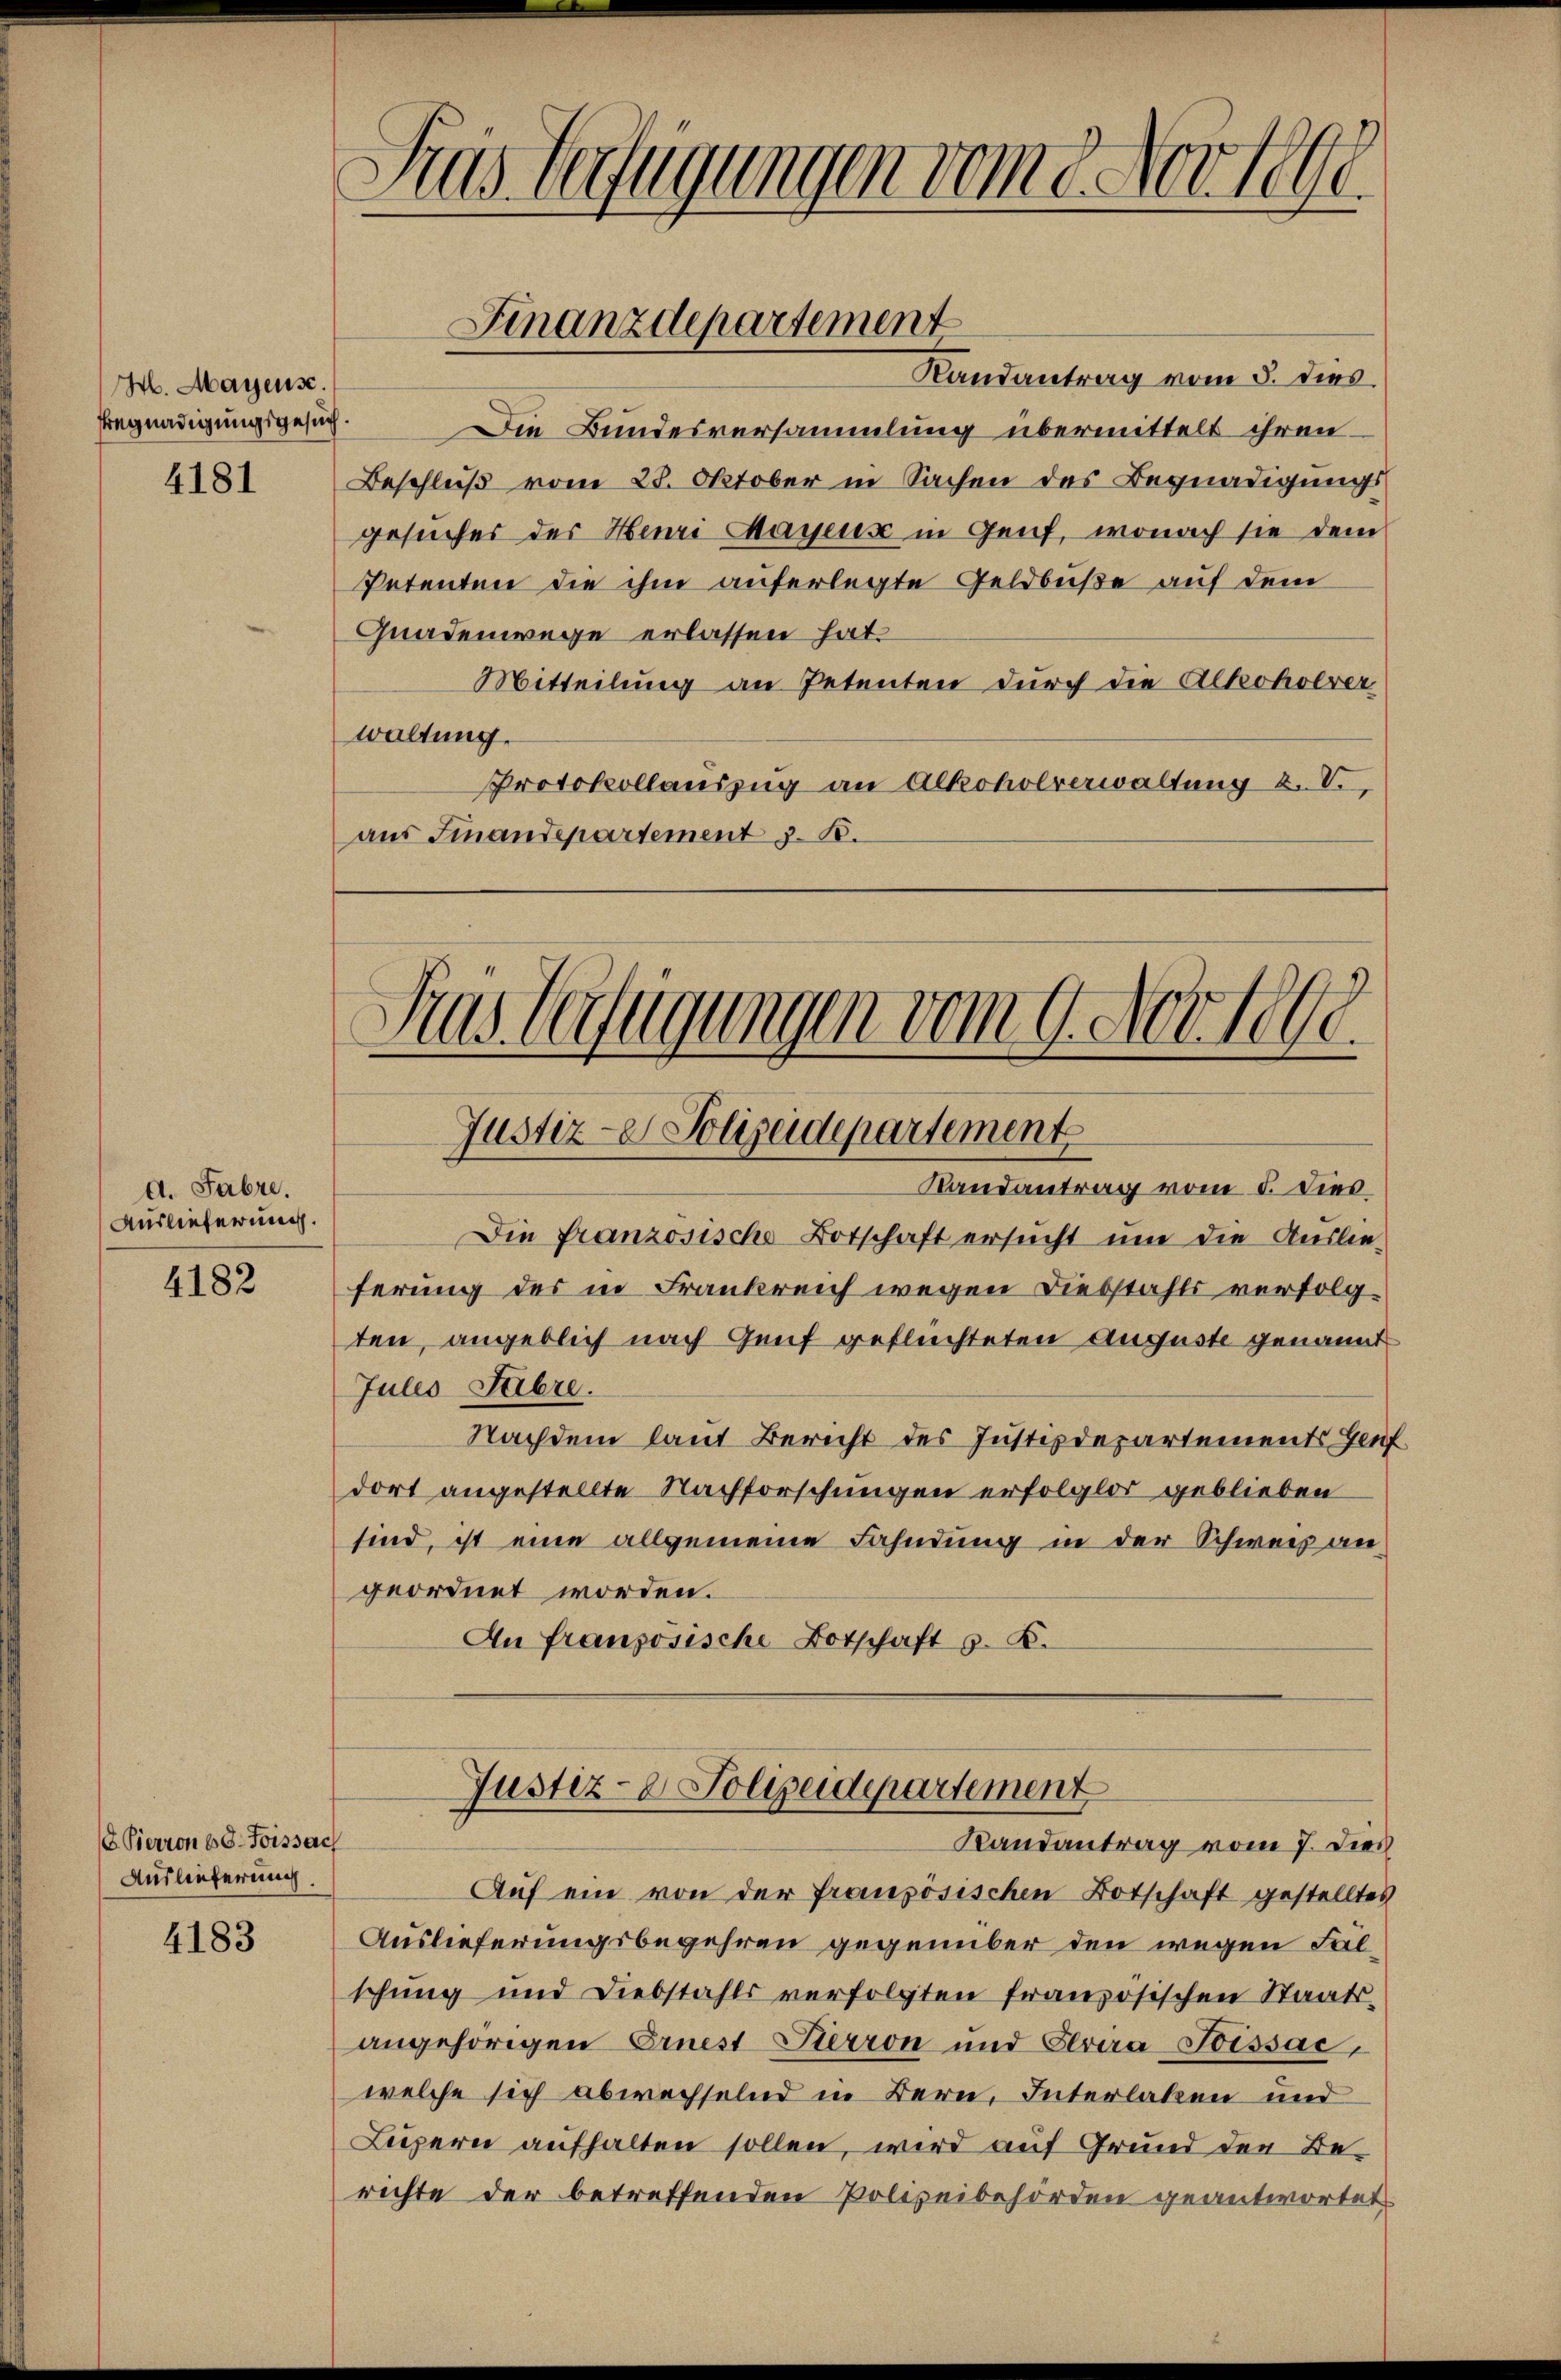
M. Mayens.
Fregnadigungsgesuch.

4181

d. Fabre.
Auslieferung.

4182

8. Pierron 60. Foissach
Auslieferung.

4183

3
das Verfügungen vom g. Nov. 1890.

Randantrag vom 5. dies
Die Bundesversammlung übermittelt ihren
Beschluß vom 28. Oktober in Sachen des Begnadigungs
gesucher der Henri Mayens in Genf, wonach sie dem
Petenten die ihm auferlegte Geldbuße auf dem
Gnadenwege erlassen hat.
Mitteilung an Petenten durch die Alkoholver
waltung.
Protokollauszug an Alkoholverwaltung u. V.
aus Finandepartement z. B.

Finanzdepartement

Das Verfügungen vom 9. Nov. 1808.
Justiz- Polizeidepartement

Justiz- & Polizeidepartement
Randantrag vom 7. Dies

Randantrag vom 5. dies
Die französische Botschaft ersucht um die Auslieferung des in Frankreich wegen Diebstahls verfolgten, angeblich nach Genf geflüchteten Auguste genannt
Jules Fabre.
Nachdem laut Bericht des Justizdepartements Heufdort angestellte Nachforschungen erfolglos geblieben
sind, ist eine allgemeine Fahndung in der Schweiz angeordnet worden.
An Französische Botschaft z. B.

Auf ein von der französischen Botschaft gestelltes
Auslieferungsbegehren gegenüber den wegen Falschung und Diebstahls verfolgten französischen Staats-
angehörigen Ernest Pierron und Fraa-Toissac
welche sich abwechselnd in Bern, Interlaken und
Lupern aufhalten sollen, wird auf Grund der Be-
richte der betreffenden Polizeibehörden geantwortet.